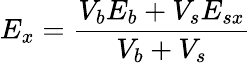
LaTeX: E_{x}=\frac{V_{b}E_{b}+V_{s}E_{sx}}{V_{b}+V_{s}}